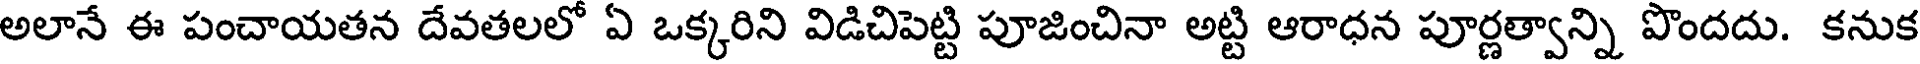
అలానే ఈ పంచాయతన దేవతలలో ఏ ఒక్కరిని విడిచిపెట్టి పూజించినా అట్టి ఆరాధన పూర్ణత్వాన్ని పొందదు. కనుక